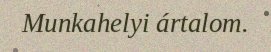
Munkahelyi ártalom.